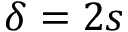
\delta = 2 s